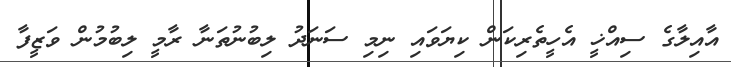
އާއިލާގެ ސިއްޚީ އެހީތެރިކަން ކިޔަވައި ނިމި ސަނަދު ލިބުނުތަނާ ރާމީ ލިބުމުން ވަޒީފާ